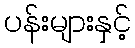
ပန်းများနှင့်